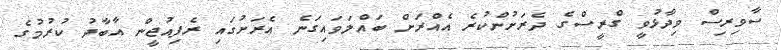
ސާވިރިސް ވިދާޅުވީ ގްރީސްގެ ދެރަށުންކުރެ އެއްރަށް ބައްލަވައިގަނެ އެރަށުގައި ރެފިއުޖީން އާބާދު ކުރުމުގެ